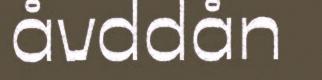
åvddån